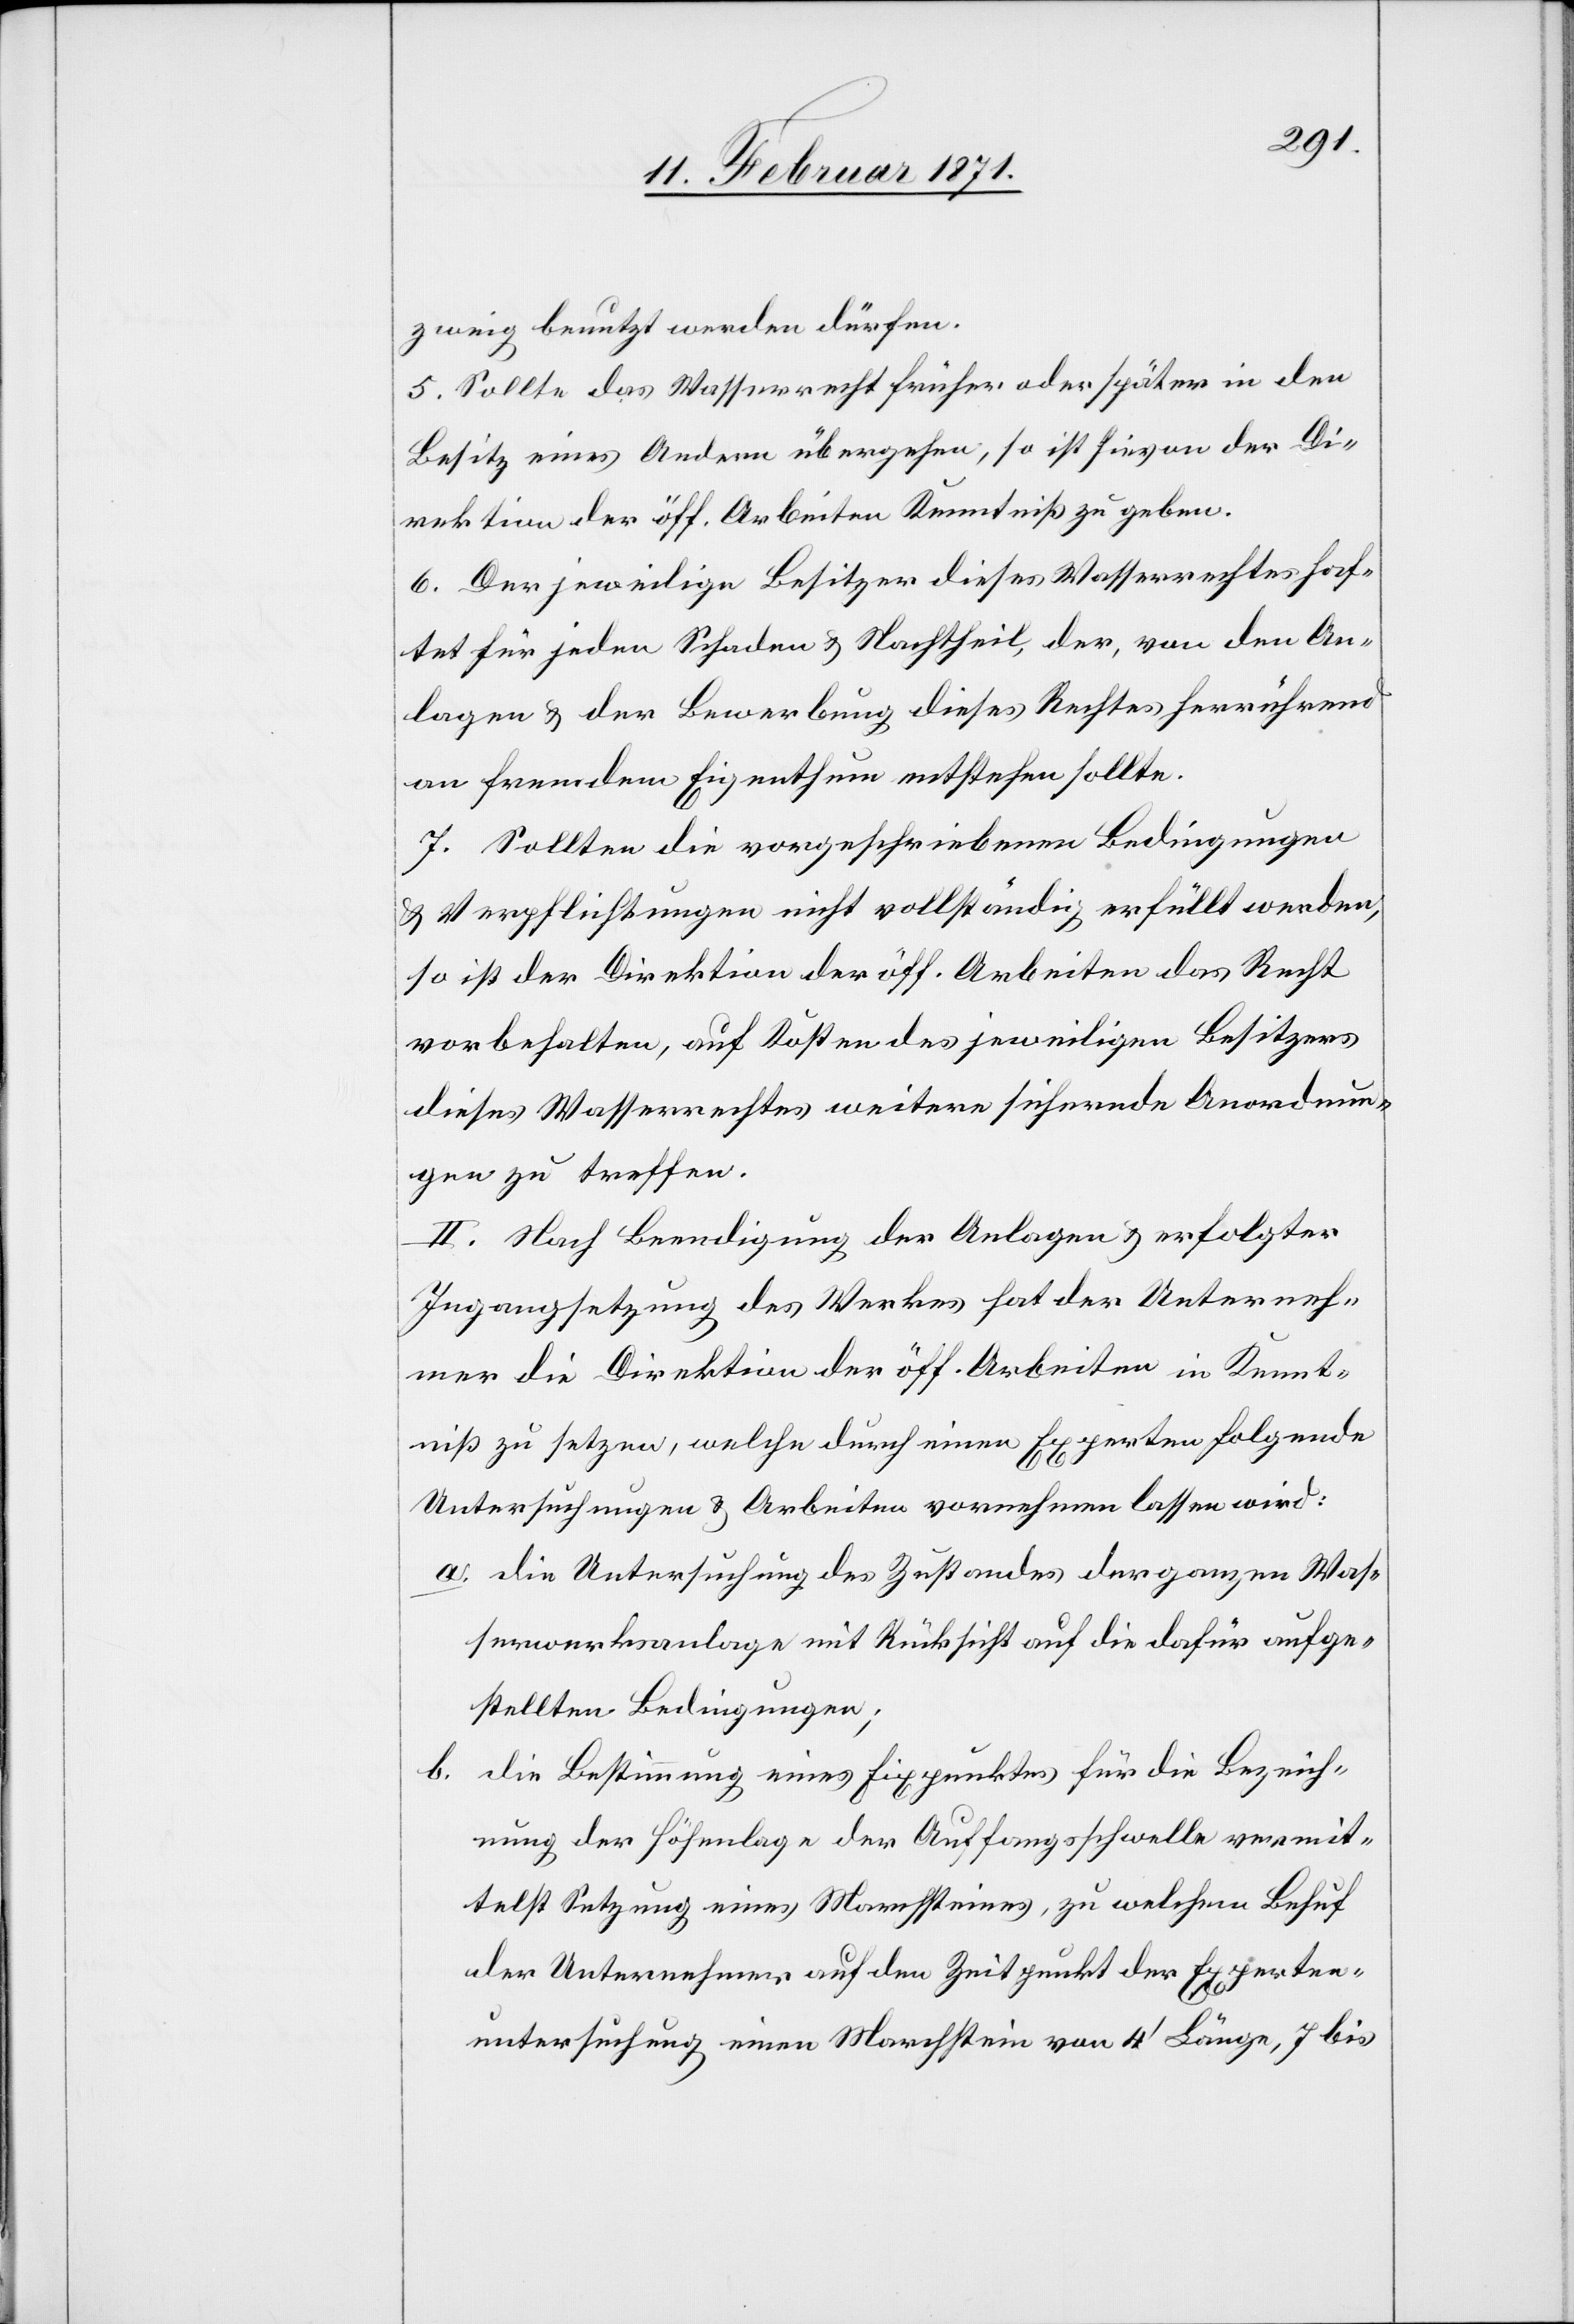
zweig benutzt werden dürfen.
5. Sollte das Wasserrecht früher oder später in den
Besitz eines Andern übergehen, so ist hievon der Di¬
rektion der öff. Arbeiten Kenntniß zu geben.
6. Der jeweilige Besitzer dieses Wasserrechtes haf¬
tet für jeden Schaden u. Nachtheil, der, von den An¬
lagen u. der Bewerbung dieses Rechtes herrührend
an fremdem Eigenthum entstehen sollte.
7. Sollten die vorgeschriebenen Bedingungen
u. Verpflichtungen nicht vollständig erfüllt werden,
so ist der Direktion der öff. Arbeiten das Recht
vorbehalten, auf Kosten des jeweiligen Besitzers
dieses Wasserrechtes weitere sichernde Anordnun¬
gen zu treffen.
II. Nach Beendigung der Anlagen u. erfolgter
Ingangsetzung des Werkes hat der Unterneh¬
mer die Direktion der öff. Arbeiten in Kennt¬
niß zu setzen, welche durch einen Experten folgende
Untersuchungen u. Arbeiten vornehmen lassen wird:
a. die Untersuchung des Zustandes der ganzen Was¬
serwerksanlage mit Rücksicht auf die dafür aufge¬
stellten Bedingungen;
b. die Bestimmung eines Fixpunktes für die Bezeich¬
nung der Höhenlage der Auffangschwelle vermit¬
telst Setzung eines Marchsteines, zu welchem Behuf
der Unternehmer auf den Zeitpunkt der Experten¬
untersuchung einen Marchstein von 4‘ Länge, 7 bis